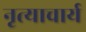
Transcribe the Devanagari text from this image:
नृत्याचार्य